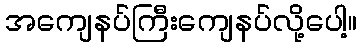
အကျေနပ်ကြီးကျေနပ်လို့ပေါ့။